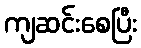
ကျဆင်းစေပြီး